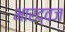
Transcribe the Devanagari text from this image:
भारद्वज